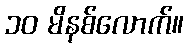
၁၀ မိနစ်လောက်။